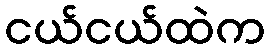
ငယ်ငယ်ထဲက